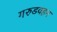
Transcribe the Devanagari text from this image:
गरुडवहन